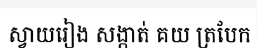
ស្វាយរៀង សង្កាត់ គយ ត្របែក